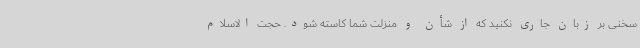
سخنی بر زبان جاری نکنید که از شأن و منزلت شما کاسته شود. حجت الاسلام